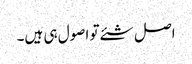
اصل شئے تو اصول ہی ہیں۔